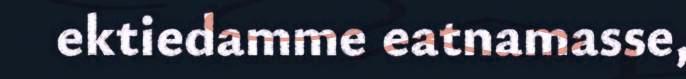
ektiedamme eatnamasse,